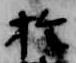
於